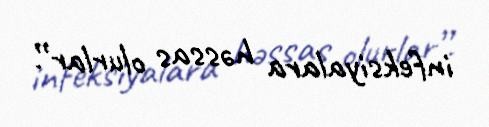
infeksiyalara həssas olurlar”.